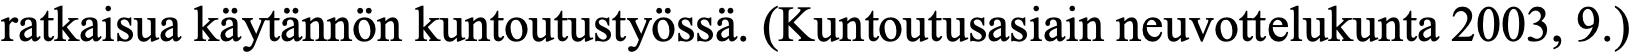
ratkaisua käytännön kuntoutustyössä. (Kuntoutusasiain neuvottelukunta 2003, 9.)